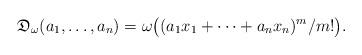
LaTeX: \begin{align*}\mathfrak{D}_{\omega}(a_1,\dots,a_n)=\omega\bigl((a_1x_1+\cdots+a_nx_n)^m/m!\bigr).\end{align*}